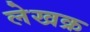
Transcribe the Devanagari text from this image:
लेखक्र